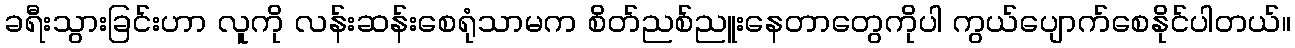
ခရီးသွားခြင်းဟာ လူကို လန်းဆန်းစေရုံသာမက စိတ်ညစ်ညူးနေတာတွေကိုပါ ကွယ်ပျောက်စေနိုင်ပါတယ်။